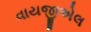
વાયજીએલ